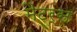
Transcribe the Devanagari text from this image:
मैटर्स